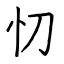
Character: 忉